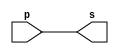
// -------------------------
// Exemplo1 
// Nome:Fbio Fiuza Pereira
// -------------------------
// -------------------------
// -- buffer
// -------------------------


module buffer (output s, input p);
assign s = p; // criar vinculo permanente
// (dependencia)
endmodule // buffer
// -------------------------
// -- test buffer
// -------------------------
module testbuffer;
// ------------------------- dados locais
reg a; // definir registrador
// (variavel independente)
wire s; // definir conexao (fio)
// (variavel dependente )
// ------------------------- instancia
buffer BF1 (s, a);
// ------------------------- preparacao
initial begin:start
a=0; // valor inicial
end
// ------------------------- parte principal
initial begin:main
// execucao unitaria
$display("Exemplo1 - Fabio Fiuza Pereira - 406087");
$display("Test buffer:");
$display("\t time\ta = s");
// execucao permanente
$monitor("%d\t%b = %b", $time, a, s);
// apos uma unidade de tempo
// mudar valor do registrador para 0
#1 a=1;
// apos duas unidades de tempo
// mudar valor do registrador para 1
#2 a=0;
end
endmodule // testbuffer